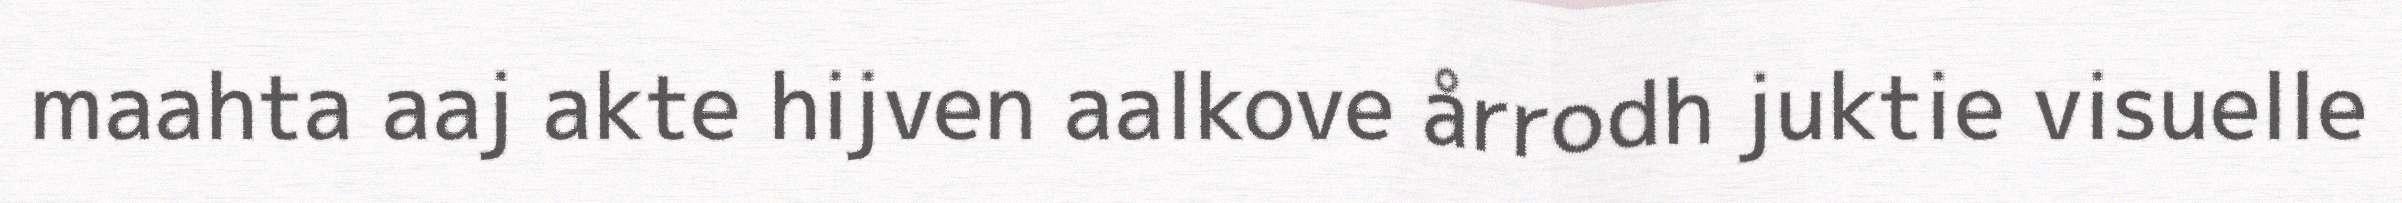
maahta aaj akte hijven aalkove årrodh juktie visuelle